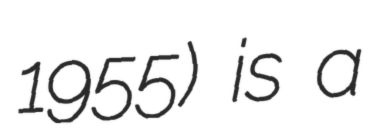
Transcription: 1955) is a